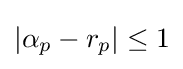
|\alpha _{p}-r_{p}|\leq 1